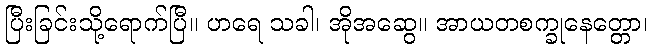
ပြီးခြင်းသို့ရောက်ပြီ။ ဟရေ သခါ၊ အိုအဆွေ။ အာယတစက္ခုနေတ္တော၊